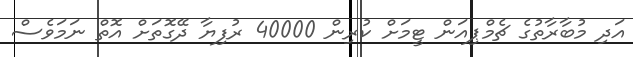
އަދި މުބާރާތުގެ ޗެމްޕިއަން ޓީމަށް ކުރިން 40000 ރުފިޔާ ދޭގޮތަށް އޮތް ނަމަވެސް